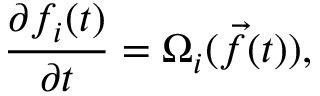
\frac { \partial f _ { i } ( t ) } { \partial t } = \Omega _ { i } ( \vec { f } ( t ) ) ,